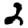
Digit: 2